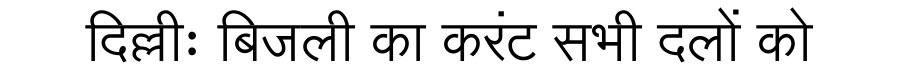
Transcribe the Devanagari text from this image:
दिल्लीः बिजली का करंट सभी दलों को